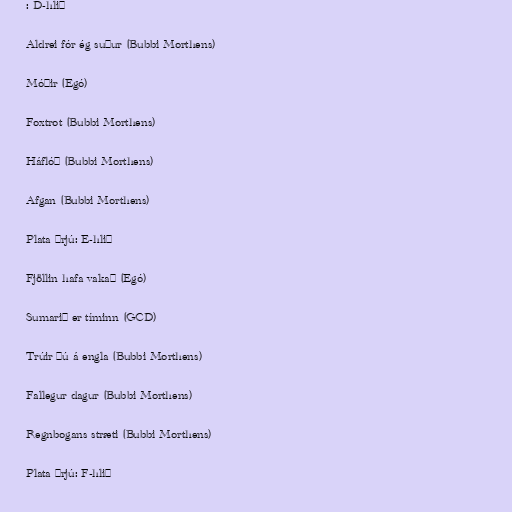
: D-hlið

Aldrei fór ég suður (Bubbi Morthens)

Móðir (Egó)

Foxtrot (Bubbi Morthens)

Háflóð (Bubbi Morthens)

Afgan (Bubbi Morthens)

Plata þrjú: E-hlið

Fjöllin hafa vakað (Egó)

Sumarið er tíminn (GCD)

Trúir þú á engla (Bubbi Morthens)

Fallegur dagur (Bubbi Morthens)

Regnbogans stræti (Bubbi Morthens)

Plata þrjú: F-hlið